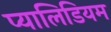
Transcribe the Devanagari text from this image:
प्यालिडियम